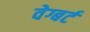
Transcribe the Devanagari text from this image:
वेग्बर्ट